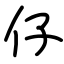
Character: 仔